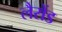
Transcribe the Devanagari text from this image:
लैरोंड